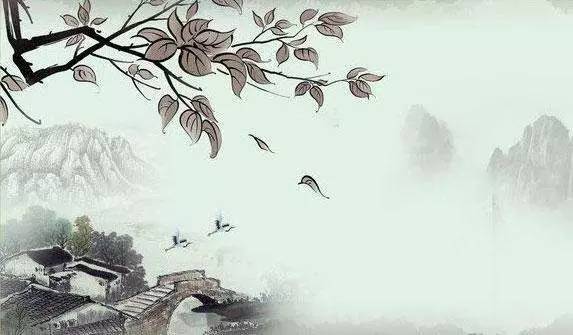
斜阳草树，寻常巷陌，人道寄奴曾住。